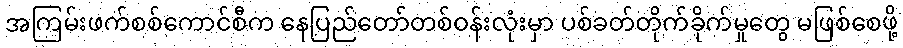
အကြမ်းဖက်စစ်ကောင်စီက နေပြည်တော်တစ်ဝန်းလုံးမှာ ပစ်ခတ်တိုက်ခိုက်မှုတွေ မဖြစ်စေဖို့